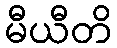
မီယီတိ